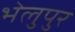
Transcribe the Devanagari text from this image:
भेलुपुर